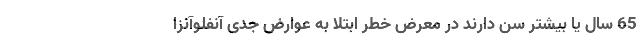
65 سال یا بیشتر سن دارند در معرض خطر ابتلا به عوارض جدی آنفلوآنزا